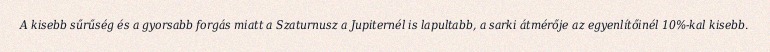
A kisebb sűrűség és a gyorsabb forgás miatt a Szaturnusz a Jupiternél is lapultabb, a sarki átmérője az egyenlítőinél 10%-kal kisebb.